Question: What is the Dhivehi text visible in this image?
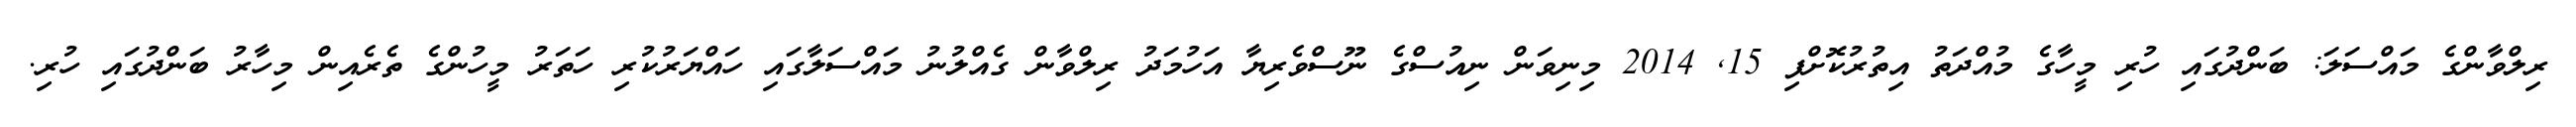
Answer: ރިލްވާންގެ މައްސަލަ: ބަންދުގައި ހުރި މީހާގެ މުއްދަތު އިތުރުކޮށްފި 15, 2014 މިނިވަން ނިއުސްގެ ނޫސްވެރިޔާ އަހުމަދު ރިލްވާން ގެއްލުނު މައްސަލާގައި ހައްޔަރުކުރި ހަތަރު މީހުންގެ ތެރެއިން މިހާރު ބަންދުގައި ހުރި.